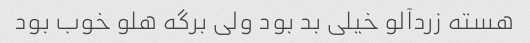
هسته زردآلو خیلی بد بود ولی برگه هلو خوب بود